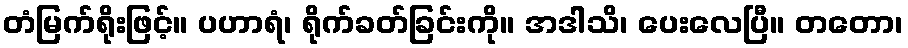
တံမြက်ရိုးဖြင့်။ ပဟာရံ၊ ရိုက်ခတ်ခြင်းကို။ အဒါသိ၊ ပေးလေပြီ။ တတော၊